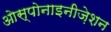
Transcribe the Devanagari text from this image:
ओस्पोनाइनीज़ेशन